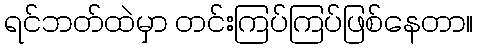
ရင်ဘတ်ထဲမှာ တင်းကြပ်ကြပ်ဖြစ်နေတာ။